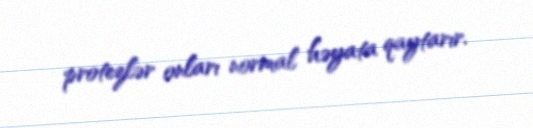
protezlər onları normal həyata qaytarır.